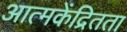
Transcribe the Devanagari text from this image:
आत्मकेंद्रितता